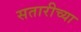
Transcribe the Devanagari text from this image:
सतारीच्या